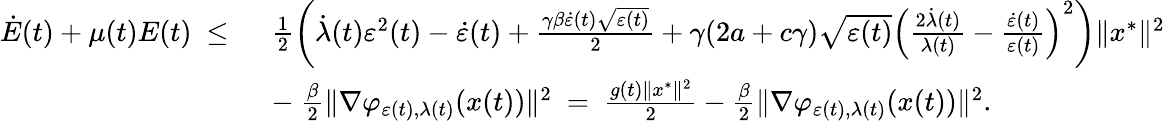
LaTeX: \begin{array}{rl}{\dot{E}(t)+\mu(t)E(t)\ \leq\ }&{\frac{1}{2}\left(\dot{\lambda}(t)\varepsilon^{2}(t)-\dot{\varepsilon}(t)+\frac{\gamma\beta\dot{\varepsilon}(t)\sqrt{\varepsilon(t)}}{2}+\gamma(2a+c\gamma)\sqrt{\varepsilon(t)}\left(\frac{2\dot{\lambda}(t)}{\lambda(t)}-\frac{\dot{\varepsilon}(t)}{\varepsilon(t)}\right)^{2}\right)\| x^{*}\| ^{2}}\\ &{-\ \frac{\beta}{2}\| \nabla\varphi_{\varepsilon(t),\lambda(t)}(x(t))\| ^{2}\ =\ \frac{g(t)\| x^{*}\| ^{2}}{2}-\frac{\beta}{2}\| \nabla\varphi_{\varepsilon(t),\lambda(t)}(x(t))\| ^{2}.}\end{array}